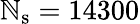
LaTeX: \mathbb{N}_{\mathrm{{s}}}=14300